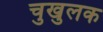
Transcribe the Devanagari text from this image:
चुखुलक